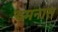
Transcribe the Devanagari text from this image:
दमनास